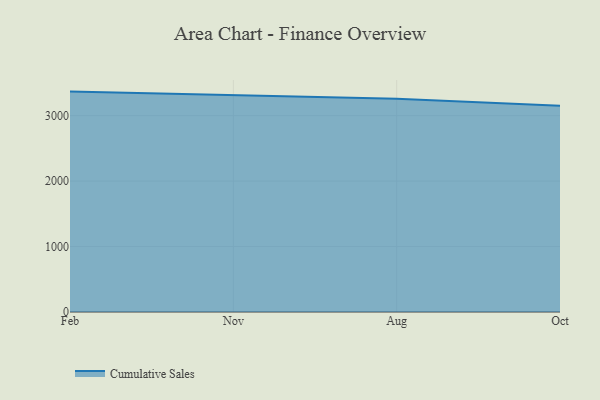
{"axis": {"x": "Month", "y": "Production Output"}, "legend": ["Cumulative Sales"], "data": [{"x": "Feb", "y": 3367.3, "type": "Cumulative Sales"}, {"x": "Nov", "y": 3311.1, "type": "Cumulative Sales"}, {"x": "Aug", "y": 3257.0, "type": "Cumulative Sales"}, {"x": "Oct", "y": 3152.3, "type": "Cumulative Sales"}]}